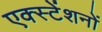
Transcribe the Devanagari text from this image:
एक्स्टेंशनों